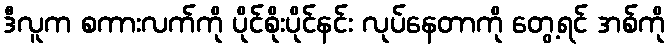
ဒီလူက စကားလက်ကို ပိုင်စိုးပိုင်နင်း လုပ်နေတာကို တွေ့ရင် အစ်ကို